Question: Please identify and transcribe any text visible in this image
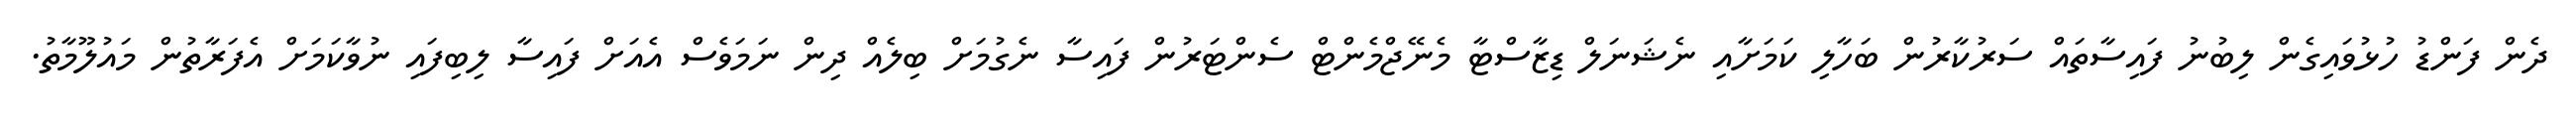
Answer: ދެން ފަންޑު ހުޅުވައިގެން ލިބުނު ފައިސާތައް ސަރުކާރުން ބަހާލި ކަމަށާއި ނެޝަނަލް ޑިޒާސްޓާ މެނޭޖްމެންޓް ސެންޓަރުން ފައިސާ ނެގުމަށް ބިލެއް ދިން ނަމަވެސް އެއަށް ފައިސާ ލިބިފައި ނުވާކަމަށް އެފަރާތުން މައުލޫމާތު.